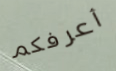
أعرفكم